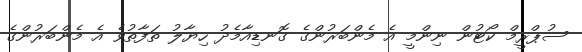
ސުޕްރީމް ކޯޓުން ނިންމީ އެ މެންބަރުންގެ ގޮނޑިއާމެދު ހިޔާލު ތަފާތުވެ އެ މެންބަރުންގެ